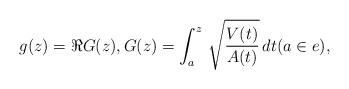
LaTeX: \begin{align*} g(z) = \Re G(z),G(z) = \int_a^z \, \sqrt{\frac {V(t)}{A(t)}}\, dt (a\in e),\end{align*}